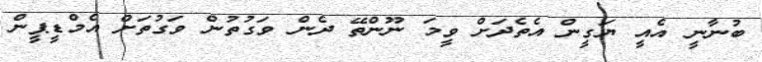
ބުނާނީ އެއީ ޔަގީން އެތެދަށް ވީމަ ނޫންތޭ ދެން ވަގުތުުން ވަގުތަށް އެމްޑީޕީން